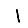
Digit: 1